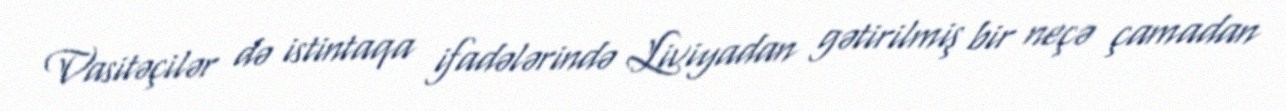
Vasitəçilər də istintaqa ifadələrində Liviyadan gətirilmiş bir neçə çamadan